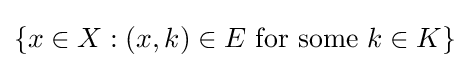
\{x\in X:(x,k)\in E{\text{ for some }}k\in K\}